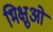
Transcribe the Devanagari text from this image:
भिक्षुओ